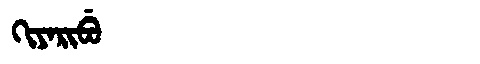
Manchu: ᡴᡳᠶᠠᡵᡳᠪᡠ
Romanization: KIYARIBU